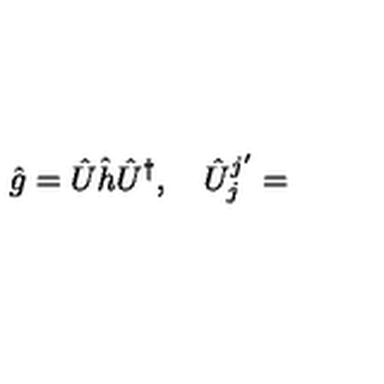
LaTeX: \hat { g } = \hat { U } \hat { h } \hat { U } ^ { \dagger } , \quad \hat { U } _ { j } ^ { j ^ { \prime } } =